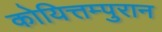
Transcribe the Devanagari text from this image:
कोयित्तम्पुरान